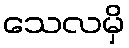
သေလမှိ